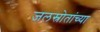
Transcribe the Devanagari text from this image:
जलस्रोतांच्या